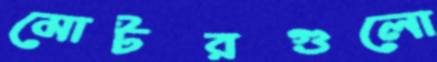
মোটরগুলো